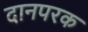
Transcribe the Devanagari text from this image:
दानपरक